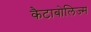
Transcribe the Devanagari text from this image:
कैटाबोलिज्म